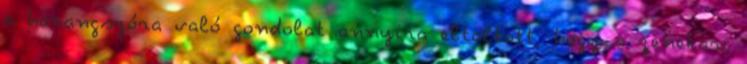
a harangszóra való gondolat annyira eltöltött, hogy a zenekari